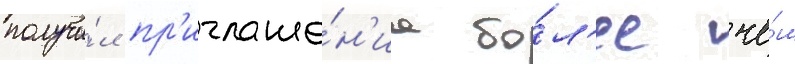
получи́л пр'иглаше́н'иа бо́л'ее че́м